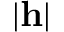
| \mathbf { h } |